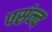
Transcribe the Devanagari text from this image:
पसंन्द